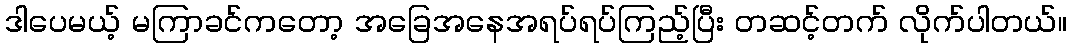
ဒါပေမယ့် မကြာခင်ကတော့ အခြေအနေအရပ်ရပ်ကြည့်ပြီး တဆင့်တက် လိုက်ပါတယ်။